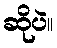
ဆိုပဲ။